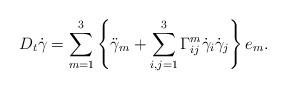
LaTeX: \begin{align*}D_{t}\dot{\gamma} = \sum_{m=1}^{3} \left\{ \ddot{\gamma}_{m}+ \sum_{i,j=1}^{3} \Gamma_{ij}^{m} \dot{\gamma}_{i}\dot{\gamma}_{j}\right\}e_m .\end{align*}